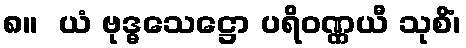
၈။  ယံ ဗုဒ္ဓသေဋ္ဌော ပရိဝဏ္ဏယီ သုစိံ၊